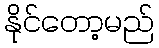
နိုင်တော့မည်